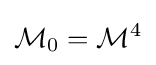
{\mathcal {M}}_{0}={\mathcal {M}}^{4}